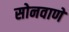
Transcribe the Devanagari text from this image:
सोनवाणे